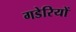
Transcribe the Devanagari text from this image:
गडेरियों